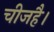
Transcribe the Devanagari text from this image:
चीजहै।